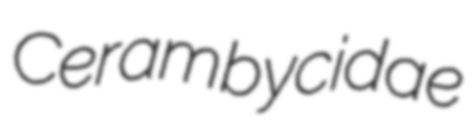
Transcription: Cerambycidae